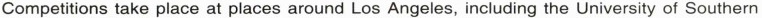
Competitions take place at places around Los Angeles, including the University of Southern